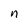
Character: n